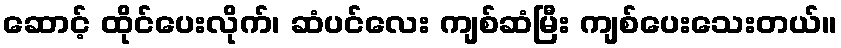
ဆောင့် ထိုင်ပေးလိုက်၊ ဆံပင်လေး ကျစ်ဆံမြီး ကျစ်ပေးသေးတယ်။